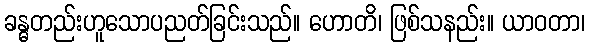
ခန္ဓတည်းဟူသောပညတ်ခြင်းသည်။ ဟောတိ၊ ဖြစ်သနည်း။ ယာဝတာ၊